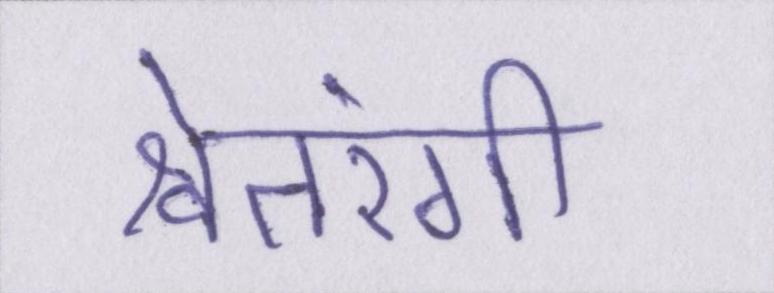
श्वेतरंगी